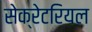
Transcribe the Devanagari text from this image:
सेक्रेटरियल